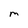
Character: M